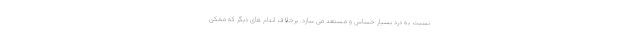
نسبت به درد بسیار حساس و مستعد می سازد. برخلاف اندام های دیگر که ممکن